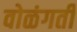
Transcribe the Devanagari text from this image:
वोळंगती